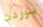
بوردن